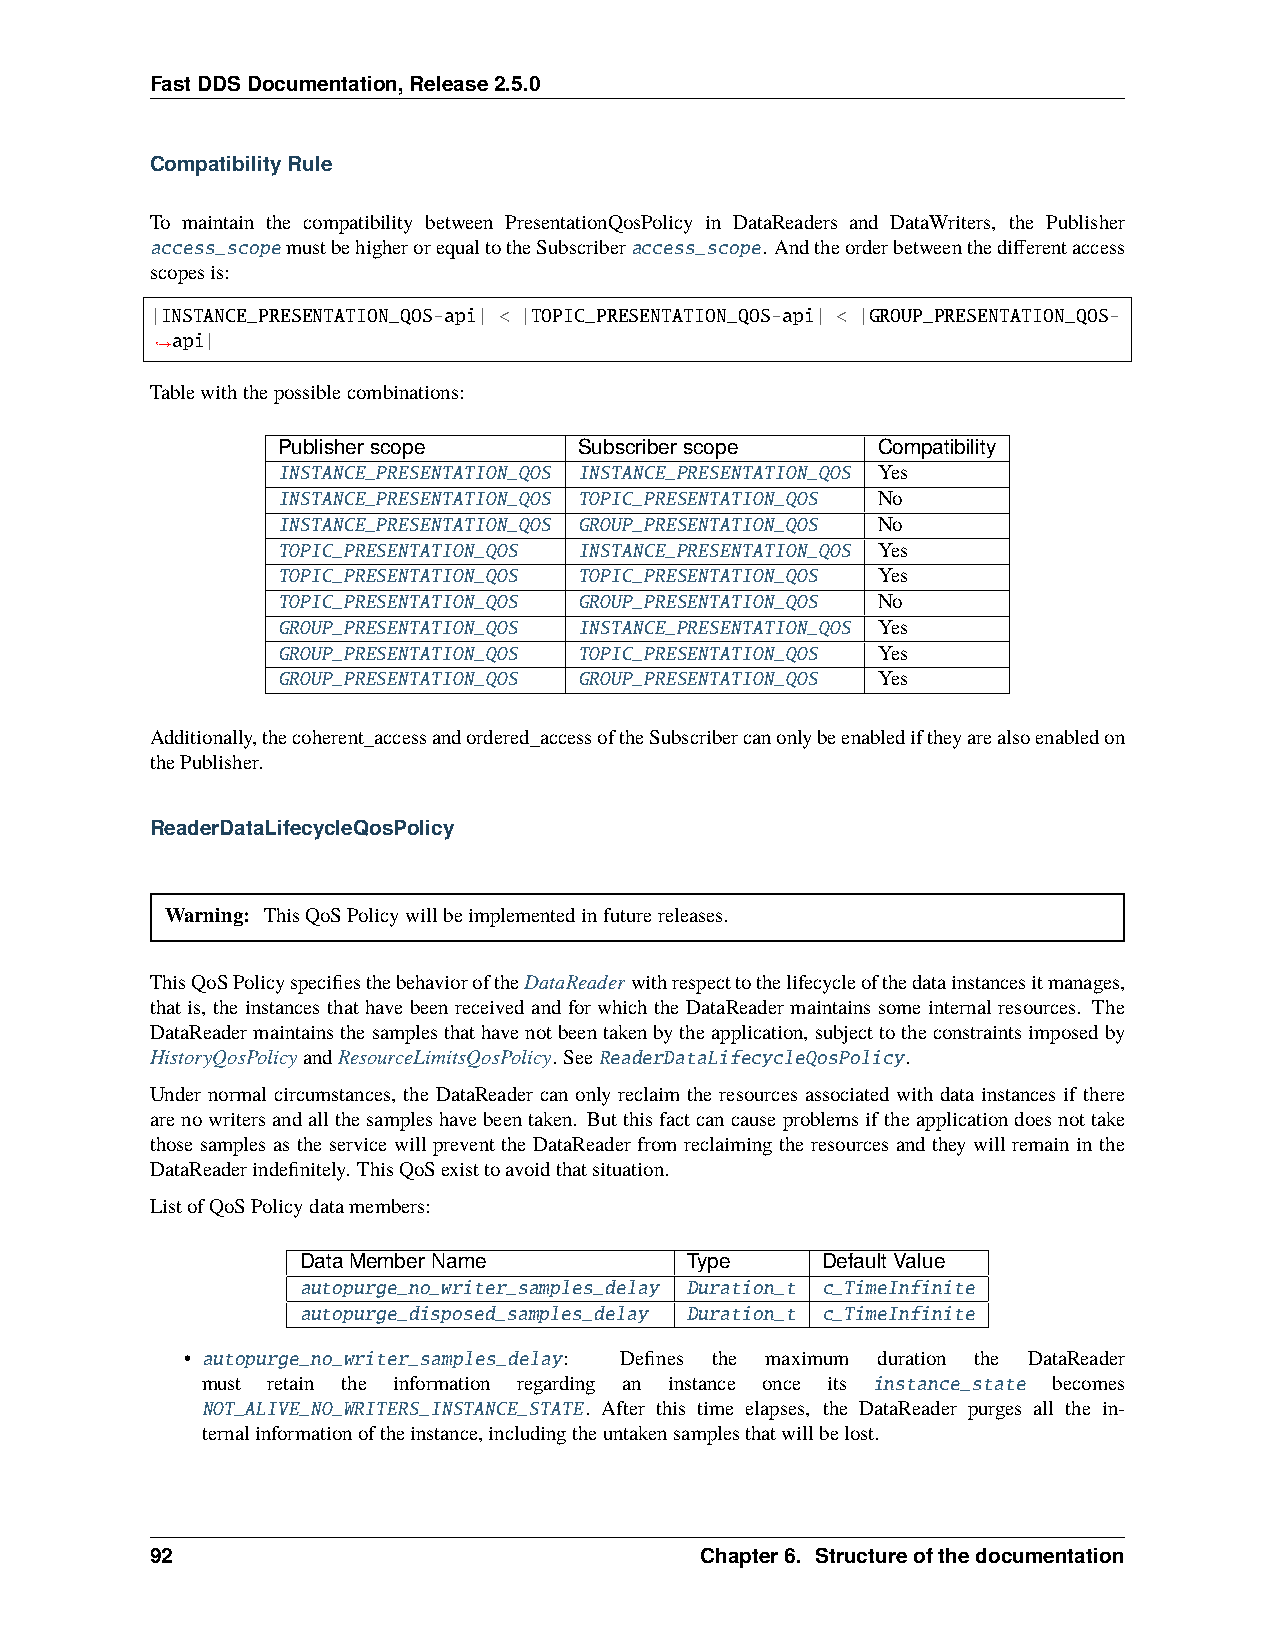
FastDDSDocumentation,Release2.5.0
 CompatibilityRule
 To maintain the compatibility between PresentationQosPolicy in DataReaders and DataWriters, the Publisher
 access_scopemustbehigherorequaltotheSubscriberaccess_scope. Andtheorderbetweenthedifferentaccess
 scopesis:
 |INSTANCE_PRESENTATION_QOS-api| < |TOPIC_PRESENTATION_QOS-api| < |GROUP_PRESENTATION_QOS-
 api|
 ˓→
 Tablewiththepossiblecombinations:
 Publisherscope      Subscriberscope     Compatibility
 INSTANCE_PRESENTATION_QOS INSTANCE_PRESENTATION_QOS Yes
 INSTANCE_PRESENTATION_QOS TOPIC_PRESENTATION_QOS No
 INSTANCE_PRESENTATION_QOS GROUP_PRESENTATION_QOS No
 TOPIC_PRESENTATION_QOS INSTANCE_PRESENTATION_QOS Yes
 TOPIC_PRESENTATION_QOS TOPIC_PRESENTATION_QOS Yes
 TOPIC_PRESENTATION_QOS GROUP_PRESENTATION_QOS No
 GROUP_PRESENTATION_QOS INSTANCE_PRESENTATION_QOS Yes
 GROUP_PRESENTATION_QOS TOPIC_PRESENTATION_QOS Yes
 GROUP_PRESENTATION_QOS GROUP_PRESENTATION_QOS Yes
 Additionally,thecoherent_accessandordered_accessoftheSubscribercanonlybeenablediftheyarealsoenabledon
 thePublisher.
 ReaderDataLifecycleQosPolicy
 Warning: ThisQoSPolicywillbeimplementedinfuturereleases.
 ThisQoSPolicyspecifiesthebehavioroftheDataReaderwithrespecttothelifecycleofthedatainstancesitmanages,
 that is, the instances that have been received and for which the DataReader maintains some internal resources. The
 DataReadermaintainsthesamplesthathavenotbeentakenbytheapplication,subjecttotheconstraintsimposedby
 HistoryQosPolicyandResourceLimitsQosPolicy. SeeReaderDataLifecycleQosPolicy.
 Under normal circumstances, the DataReader can only reclaim the resources associated with data instances if there
 arenowritersandallthesampleshavebeentaken. Butthisfactcancauseproblemsiftheapplicationdoesnottake
 those samples as the service will prevent the DataReader from reclaiming the resources and they will remain in the
 DataReaderindefinitely. ThisQoSexisttoavoidthatsituation.
 ListofQoSPolicydatamembers:
 DataMemberName           Type     DefaultValue
 autopurge_no_writer_samples_delay Duration_t c_TimeInfinite
 autopurge_disposed_samples_delay Duration_t c_TimeInfinite
 • autopurge_no_writer_samples_delay: Defines the maximum duration the DataReader
 must retain the information regarding an instance once its instance_state becomes
 NOT_ALIVE_NO_WRITERS_INSTANCE_STATE. After this time elapses, the DataReader purges all the in-
 ternalinformationoftheinstance,includingtheuntakensamplesthatwillbelost.
 92                                  Chapter6. Structureofthedocumentation